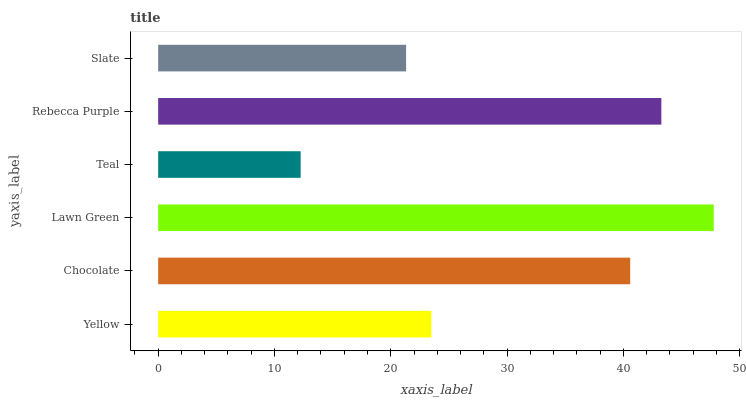
| yaxis_label | bars |
 | --- | --- |
 | Yellow | 23.5 |
 | Chocolate | 40.6 |
 | Lawn Green | 47.8 |
 | Teal | 12.3 |
 | Rebecca Purple | 43.3 |
 | Slate | 21.3 |